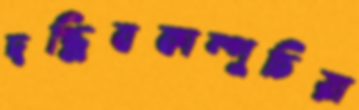
দগ্ধিবকাম্পুচিয়া